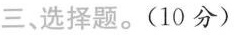
三、选择题。(10分)